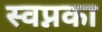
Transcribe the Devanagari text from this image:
स्वप्नका